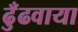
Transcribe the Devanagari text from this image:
ढुँढवाया